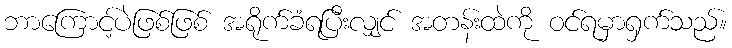
ဘာကြောင့်ပဲဖြစ်ဖြစ် အရိုက်ခံရပြီးလျှင် အတန်းထဲကို ဝင်ရမှာရှက်သည်။